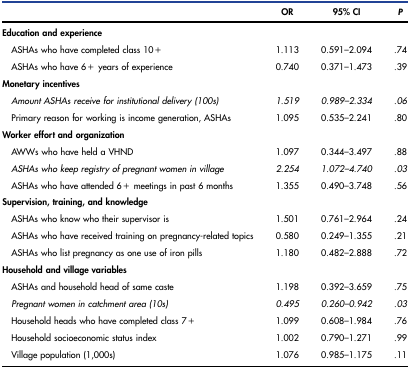
|  | OR | 95% CI | P |
 | --- | --- | --- | --- |
 | Education and experience |  |  |  |
 | ASHAs who have completed class 10+ | 1.113 | 0.591–2.094 | .74 |
 | ASHAs who have 6+ years of experience | 0.740 | 0.371–1.473 | .39 |
 | Monetary incentives |  |  |  |
 | Amount ASHAs receive for institutional delivery (100s) | 1.519 | 0.989–2.334 | .06 |
 | Primary reason for working is income generation, ASHAs | 1.095 | 0.535–2.241 | .80 |
 | Worker effort and organization |  |  |  |
 | AWWs who have held a VHND | 1.097 | 0.344–3.497 | .88 |
 | ASHAs who keep registry of pregnant women in village | 2.254 | 1.072–4.740 | .03 |
 | ASHAs who have attended 6+ meetings in past 6 months | 1.355 | 0.490–3.748 | .56 |
 | Supervision, training, and knowledge |  |  |  |
 | ASHAs who know who their supervisor is | 1.501 | 0.761–2.964 | .24 |
 | ASHAs who have received training on pregnancy-related topics | 0.580 | 0.249–1.355 | .21 |
 | ASHAs who list pregnancy as one use of iron pills | 1.180 | 0.482–2.888 | .72 |
 | Household and village variables |  |  |  |
 | ASHAs and household head of same caste | 1.198 | 0.392–3.659 | .75 |
 | Pregnant women in catchment area (10s) | 0.495 | 0.260–0.942 | .03 |
 | Household heads who have completed class 7+ | 1.099 | 0.608–1.984 | .76 |
 | Household socioeconomic status index | 1.002 | 0.790–1.271 | .99 |
 | Village population (1,000s) | 1.076 | 0.985–1.175 | .11 |